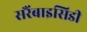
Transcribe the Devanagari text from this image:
सरैंबाइसिडी